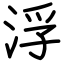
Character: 浮